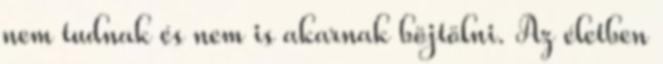
nem tudnak és nem is akarnak böjtölni. Az életben